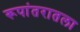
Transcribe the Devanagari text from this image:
रूपांतरातला